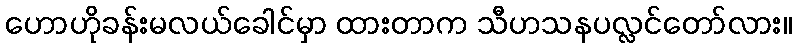
ဟောဟိုခန်းမလယ်ခေါင်မှာ ထားတာက သီဟသနပလ္လင်တော်လား။